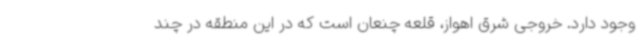
وجود دارد. خروجی شرق اهواز، قلعه چنعان است که در این منطقه در چند